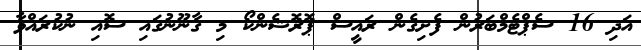
އަދި 16 ސެޕްޓެމްބަރުން ފެށިގެން ރައީސް ޕޮރޮޝެންކޯ މި ގާނޫނުގައި ސޮއި ނުކުރައްވާ